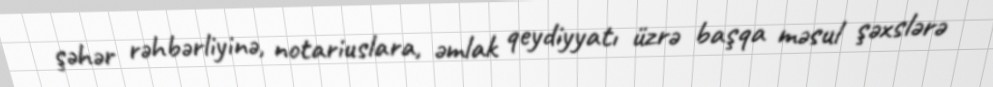
şəhər rəhbərliyinə, notariuslara, əmlak qeydiyyatı üzrə başqa məsul şəxslərə